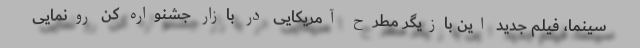
سینما، فیلم جدید این بازیگر مطرح آمریکایی در بازار جشنواره کن رونمایی